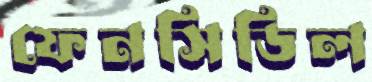
ফেনসিডিল